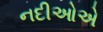
નદીઓએ